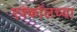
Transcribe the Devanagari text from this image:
एश्कॉलच्या